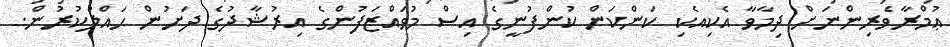
ޢުމްރާވެރިންނަށް ދިމާވާ އެކިއެކި ކަންކަން ކުންފުނީގެ އިސް މުވައްޒަފުންގެ އިރުޝާދުގެ ދަށުން ޙައްލުކުރުން.